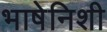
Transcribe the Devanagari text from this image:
भाषेनिशी